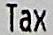
TAX